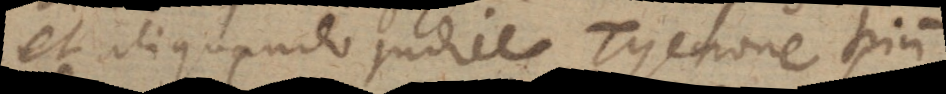
et aliquando judice Tychone trium